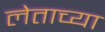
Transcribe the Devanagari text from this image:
लेताच्या